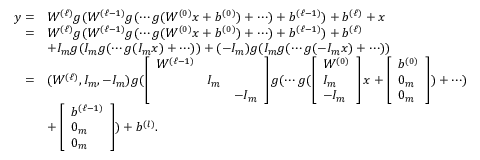
\begin{array} { r l } { y = } & { W ^ { ( \ell ) } g ( W ^ { ( \ell - 1 ) } g ( \cdots g ( W ^ { ( 0 ) } x + b ^ { ( 0 ) } ) + \cdots ) + b ^ { ( \ell - 1 ) } ) + b ^ { ( \ell ) } + x } \\ { = } & { W ^ { ( \ell ) } g ( W ^ { ( \ell - 1 ) } g ( \cdots g ( W ^ { ( 0 ) } x + b ^ { ( 0 ) } ) + \cdots ) + b ^ { ( \ell - 1 ) } ) + b ^ { ( \ell ) } } \\ & { + I _ { m } g ( I _ { m } g ( \cdots g ( I _ { m } x ) + \cdots ) ) + ( - I _ { m } ) g ( I _ { m } g ( \cdots g ( - I _ { m } x ) + \cdots ) ) } \\ { = } & { ( W ^ { ( \ell ) } , I _ { m } , - I _ { m } ) g ( \left[ \begin{array} { l l l } { W ^ { ( \ell - 1 ) } } & & \\ & { I _ { m } } & \\ & & { - I _ { m } } \end{array} \right] g ( \cdots g ( \left[ \begin{array} { l } { W ^ { ( 0 ) } } \\ { I _ { m } } \\ { - I _ { m } } \end{array} \right] x + \left[ \begin{array} { l } { b ^ { ( 0 ) } } \\ { 0 _ { m } } \\ { 0 _ { m } } \end{array} \right] ) + \cdots ) } \\ & { + \left[ \begin{array} { l } { b ^ { ( \ell - 1 ) } } \\ { 0 _ { m } } \\ { 0 _ { m } } \end{array} \right] ) + b ^ { ( l ) } . } \end{array}